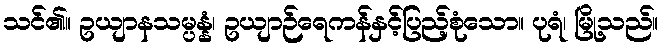
သင်၏။ ဥယျာနသမ္ပန္နံ၊ ဥယျာဉ်ရေကန်နှင့်ပြည့်စုံသော။ ပုရံ၊ မြို့သည်။